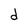
Character: d